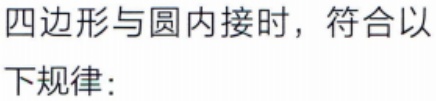
四边形与圆内接时，符合以
下规律：